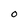
Character: O